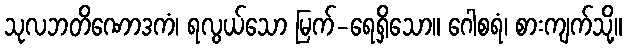
သုလဘတိဏောဒကံ၊ ရလွယ်သော မြက်-ရေရှိသော။ ဂေါစရံ၊ စားကျက်သို့။